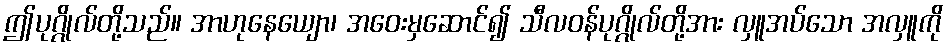
ဤပုဂ္ဂိုလ်တို့သည်။ အာဟုနေယျော၊ အဝေးမှဆောင်၍ သီလဝန်ပုဂ္ဂိုလ်တို့အား လှူအပ်သော အလှူကို